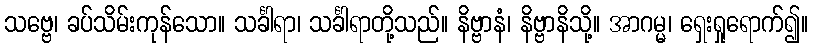
သဗ္ဗေ၊ ခပ်သိမ်းကုန်သော။ သင်္ခါရာ၊ သင်္ခါရာတို့သည်။ နိဗ္ဗာနံ၊ နိဗ္ဗာနိသို့။ အာဂမ္မ၊ ရှေးရှုရောက်၍။